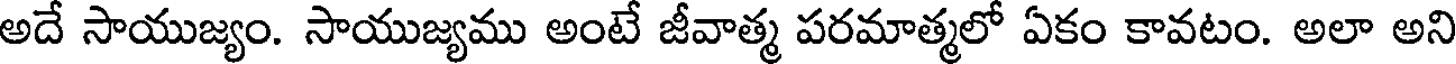
అదే సాయుజ్యం. సాయుజ్యము అంటే జీవాత్మ పరమాత్మలో ఏకం కావటం. అలా అని